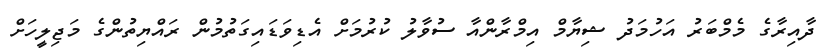
ދާއިރާގެ މެމްބަރު އަހުމަދު ޝިޔާމް އިމްރާންއާ ސުވާލު ކުރުމަށް އެޑިވަޑައިގަތުމުން ރައްޔިތުންގެ މަޖިލީހަށް